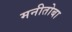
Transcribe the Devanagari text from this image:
मनीतोबा